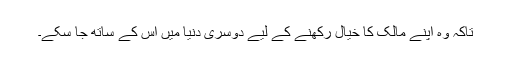
تاکہ وہ اپنے مالک کا خیال رکھنے کے لیے دوسری دنیا میں اس کے ساتھ جا سکے۔